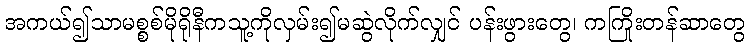
အကယ်၍သာမစ္စစ်မိုရိုနီကသူ့ကိုလှမ်း၍မဆွဲလိုက်လျှင် ပန်းဖွားတွေ၊ ကကြိုးတန်ဆာတွေ